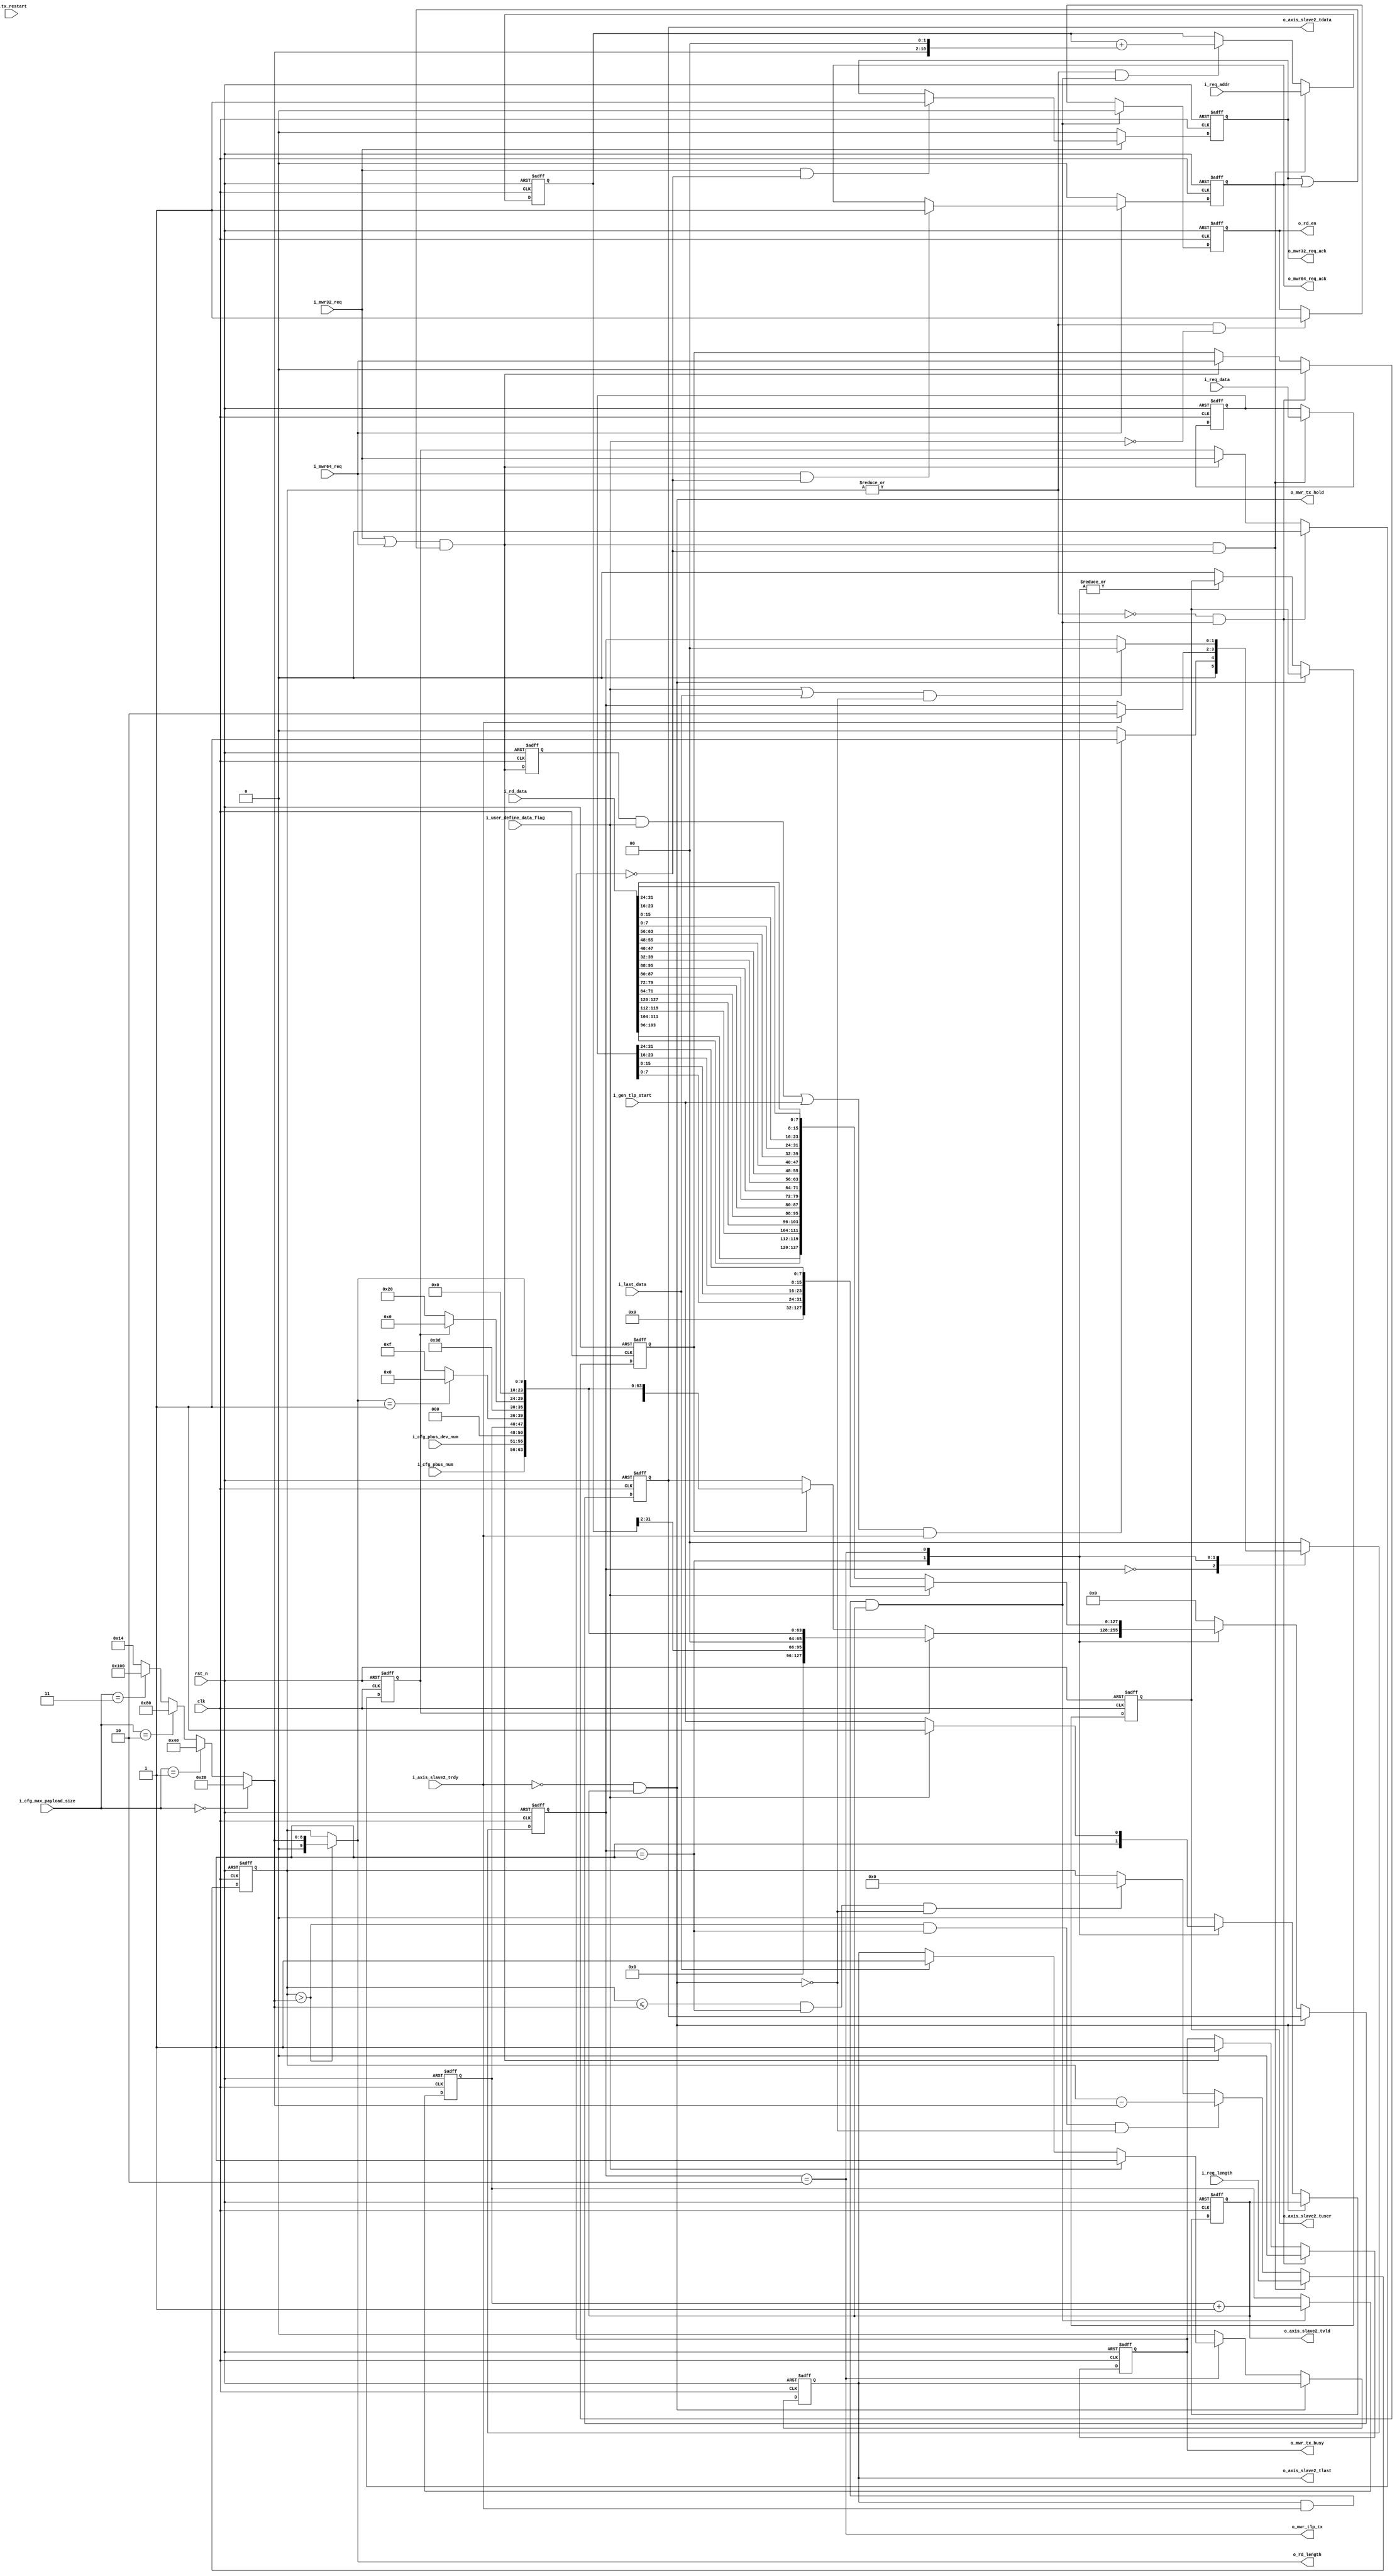
// This program was cloned from: https://github.com/flytt-away/FPGA-Video-Capture
// License: MIT License

//////////////////////////////////////////////////////////////////////////////
//
// Copyright (c) 2019 PANGO MICROSYSTEMS, INC
// ALL RIGHTS REVERVED.
//
// THE SOURCE CODE CONTAINED HEREIN IS PROPRIETARY TO PANGO MICROSYSTEMS, INC.
// IT SHALL NOT BE REPRODUCED OR DISCLOSED IN WHOLE OR IN PART OR USED BY
// PARTIES WITHOUT WRITTEN AUTHORIZATION FROM THE OWNER.
//
//////////////////////////////////////////////////////////////////////////////
//
// Library:
//////////////////////////////////////////////////////////////////////////////
module ipsl_pcie_dma_mwr_tx_ctrl #(
    parameter                           DEVICE_TYPE = 3'd0          //3'd0:EP,3'd1:Legacy EP,3'd4:RC
)(
    input                               clk                     ,   //gen1:62.5MHz,gen2:125MHz
    input                               rst_n                   ,
    input           [7:0]               i_cfg_pbus_num          ,
    input           [4:0]               i_cfg_pbus_dev_num      ,
    input           [2:0]               i_cfg_max_payload_size  ,
    //**********************************************************************
    //from dma controller
    input                               i_user_define_data_flag ,

    input                               i_mwr32_req             ,
    output  reg                         o_mwr32_req_ack         ,
    input                               i_mwr64_req             ,
    output  reg                         o_mwr64_req_ack         ,

    input           [9:0]               i_req_length            ,
    input           [63:0]              i_req_addr              ,
    input           [31:0]              i_req_data              ,
    //**********************************************************************
    //ram interface
    output  reg                         o_rd_en                 ,
    output  wire    [9:0]               o_rd_length             ,
    input                               i_gen_tlp_start         ,
    input           [127:0]             i_rd_data               ,
    input                               i_last_data             ,
    //axis_slave interface
    input                               i_axis_slave2_trdy      ,
    output  reg                         o_axis_slave2_tvld      ,
    output  reg     [127:0]             o_axis_slave2_tdata     ,
    output  reg                         o_axis_slave2_tlast     ,
    output  reg                         o_axis_slave2_tuser     ,

    output  reg                         o_mwr_tx_busy           ,
    output  wire                        o_mwr_tx_hold           ,
    output  wire                        o_mwr_tlp_tx            ,
    //debug
    input                               i_tx_restart
    //output  wire      [13:0]              o_dbg_bus

);
localparam      IDLE        = 2'd0;
localparam      HEADER_TX   = 2'd1;
localparam      DATA_TX     = 2'd2;

reg     [63:0]  mwr_addr;
reg     [31:0]  mwr_data;
wire    [9:0]   mwr_length_tx;

wire            mwr_req_start;
reg             mwr_req_start_ff;
reg     [9:0]   mwr_length;

reg             mwr32_req_tx;
reg             mwr64_req_tx;

reg     [1:0]   state;
reg     [1:0]   next_state;

wire            mwr_req_rcv;
//tlp_tx
wire    [15:0]  requester_id;
reg     [7:0]   tag;
wire    [2:0]   fmt;
wire    [4:0]   tlp_type;
wire    [2:0]   tc;
wire    [2:0]   attr;
wire            th;
wire            td;
wire            ep;
wire    [1:0]   at;
wire    [31:0]  mwr_header_tx;

wire    [3:0]   first_dwbe;
wire    [3:0]   last_dwbe;
wire    [7:0]   dwbe;

wire            data_vlad;

wire            mwr_req_ack;

wire            tx_done;

wire [9:0]      max_payload_size;

//when i_axis_slave2_trdy down,hold all tx logic
assign o_mwr_tx_hold  = ~i_axis_slave2_trdy && o_axis_slave2_tvld;

assign mwr_req_rcv = i_mwr32_req || i_mwr64_req;

assign mwr_req_ack = o_mwr32_req_ack || o_mwr64_req_ack;

assign data_vlad = i_gen_tlp_start;

assign tx_done  = o_axis_slave2_tlast && i_axis_slave2_trdy && o_axis_slave2_tvld;

assign mwr_req_start = mwr_req_rcv && mwr_req_ack;

assign max_payload_size = (i_cfg_max_payload_size == 3'd0) ? 10'h20 :
                          (i_cfg_max_payload_size == 3'd1) ? 10'h40 :
                          (i_cfg_max_payload_size == 3'd2) ? 10'h80 :
                          (i_cfg_max_payload_size == 3'd3) ? 10'h100 : 10'd20;

always@(posedge clk or negedge rst_n)
begin
    if(!rst_n)
        mwr_req_start_ff <= 1'b0;
    else
        mwr_req_start_ff <= mwr_req_start;
end

//get tlp information
//length > 128byte
always@(posedge clk or negedge rst_n)
begin
    if(!rst_n)
        mwr_length <= 10'd0;
    else if(mwr_req_start && !o_mwr_tx_busy)
        mwr_length <= i_req_length;
    else if(mwr_length >  max_payload_size && state == HEADER_TX && !o_mwr_tx_hold) //header tx
        mwr_length <= mwr_length - max_payload_size;
    else if(mwr_length <= max_payload_size && state == HEADER_TX && !o_mwr_tx_hold)
        mwr_length <= 10'd0;
end

//the true length to be transmitted
assign mwr_length_tx = (mwr_length > max_payload_size) ? max_payload_size : mwr_length ;

always@(posedge clk or negedge rst_n)
begin
    if(!rst_n)
        mwr_addr <= 64'd0;
    else if(mwr_req_start && !o_mwr_tx_busy)
        mwr_addr <= i_req_addr;
    else if(|mwr_length && tx_done)
        mwr_addr <= mwr_addr + {52'b0,max_payload_size,2'b0};
end

always@(posedge clk or negedge rst_n)
begin
    if(!rst_n)
        mwr_data <= 32'd0;
    else if(mwr_req_start && !o_mwr_tx_busy)
        mwr_data <= i_req_data;
end

//rd ram ctrl
always@(posedge clk or negedge rst_n)
begin
    if(!rst_n)
        o_rd_en <= 1'b0;
    else if(tx_done)
        o_rd_en <= 1'b0;
    else if(|mwr_length && ~i_user_define_data_flag)
        o_rd_en <= 1'b1;
end

assign o_rd_length = mwr_length_tx;

always@(posedge clk or negedge rst_n)
begin
    if(!rst_n)
        mwr32_req_tx <= 1'b0;
    else if(tx_done && ~(|mwr_length))
        mwr32_req_tx <= 1'b0;
    else if(mwr_req_start)
        mwr32_req_tx <= i_mwr32_req;
end
always@(posedge clk or negedge rst_n)
begin
    if(!rst_n)
        mwr64_req_tx <= 1'b0;
    else if(tx_done && ~(|mwr_length))
        mwr64_req_tx <= 1'b0;
    else if(mwr_req_start)
        mwr64_req_tx <= i_mwr64_req;
end

always@(posedge clk or negedge rst_n)
begin
    if(!rst_n)
        tag <= 8'b0;
    else if(tx_done)
        tag <= tag + 8'b1;
end

//tlp header
assign requester_id     = {i_cfg_pbus_num,i_cfg_pbus_dev_num,3'b0};
assign {fmt,tlp_type}   = mwr32_req_tx ? 8'h40
                        : mwr64_req_tx ? 8'h60 : 8'h40;
assign tc               = 3'b0;
assign attr             = 3'b0;
assign {th,td,ep,at}    = 5'b0;
assign mwr_header_tx    = {fmt,tlp_type,1'b0,tc,1'b0,attr[2],1'b0,th,td,ep,attr[1:0],at,mwr_length_tx};

assign first_dwbe       = 4'hf;
assign last_dwbe        = mwr_length_tx == 10'h1 ? 4'h0 : 4'hf;
assign dwbe             = {last_dwbe,first_dwbe};

//mwr_tx
always@(posedge clk or negedge rst_n)
begin
    if(!rst_n)
        state <= IDLE;
    else
        state <= next_state;
end

always @(*)
begin
    case(state)
        IDLE:
        begin
            if(((mwr_req_start_ff && i_user_define_data_flag) || i_gen_tlp_start) && i_axis_slave2_trdy) //start transmit
                next_state = HEADER_TX;
            else
                next_state = IDLE;
        end
        HEADER_TX:
        begin
            if(i_axis_slave2_trdy)
                next_state = DATA_TX;
            else
                next_state = state;
        end
        DATA_TX:
        begin
            if((i_user_define_data_flag || i_last_data) && !o_mwr_tx_hold)//transmit end
                next_state = IDLE;
            else
                next_state = state;
        end
        default:
        begin
            next_state = IDLE;
        end
    endcase
end

always@(posedge clk or negedge rst_n)
begin
    if(!rst_n)
    begin
        o_axis_slave2_tdata <= 128'b0;
        o_axis_slave2_tvld  <= 1'b0;
        o_axis_slave2_tuser <= 1'b0;
        o_axis_slave2_tlast <= 1'b0;
    end
    else if(!o_mwr_tx_hold)
    begin
        case(state)
        IDLE:
        begin
            o_axis_slave2_tdata <= 128'b0;
            o_axis_slave2_tvld  <= 1'b0;
            o_axis_slave2_tuser <= 1'b0;
            o_axis_slave2_tlast <= 1'b0;
        end
        HEADER_TX:
        begin
            o_axis_slave2_tvld  <= 1'b1;
            o_axis_slave2_tlast <= 1'b0;

            if(mwr32_req_tx)
                o_axis_slave2_tdata <= {{mwr_addr[31:2],2'b0},requester_id,tag,dwbe,mwr_header_tx};
            else if(mwr64_req_tx)
                o_axis_slave2_tdata <= {{mwr_addr[31:2],2'b0},mwr_addr[63:32],requester_id,tag,dwbe,mwr_header_tx};
        end
        DATA_TX:
        begin
            if(i_user_define_data_flag)
            begin
                o_axis_slave2_tvld  <= 1'b1;
                o_axis_slave2_tdata <= endian_convert({96'b0,mwr_data});
                o_axis_slave2_tlast <= 1'b1;
            end
            else
            begin
                o_axis_slave2_tvld  <= data_vlad;
                o_axis_slave2_tdata <= endian_convert(i_rd_data);
                if(i_last_data)
                    o_axis_slave2_tlast <= 1'b1;
            end
        end
        default:
        begin
            o_axis_slave2_tdata <= 128'b0;
            o_axis_slave2_tvld  <= 1'b0;
            o_axis_slave2_tuser <= 1'b0;
            o_axis_slave2_tlast <= 1'b0;
        end
        endcase
    end
end

always@(posedge clk or negedge rst_n)
begin
    if(!rst_n)
        o_mwr_tx_busy <= 1'b0;
    else if(~(|mwr_length) && tx_done)
        o_mwr_tx_busy <= 1'b0;
    else if(mwr_req_start)
        o_mwr_tx_busy <= 1'b1;
end

//ack
always@(posedge clk or negedge rst_n)
begin
    if(!rst_n)
        o_mwr32_req_ack <= 1'b0;
    else if(!i_mwr32_req)
        o_mwr32_req_ack <= 1'b0;
    else if(i_mwr32_req && !o_mwr_tx_busy)
        o_mwr32_req_ack <= 1'b1;
end

always@(posedge clk or negedge rst_n)
begin
    if(!rst_n)
        o_mwr64_req_ack <= 1'b0;
    else if(!i_mwr64_req)
        o_mwr64_req_ack <= 1'b0;
    else if(i_mwr64_req && !o_mwr_tx_busy)
        o_mwr64_req_ack <= 1'b1;
end

assign o_mwr_tlp_tx = state == DATA_TX;

//******************************************************************debug*************************************************************************
//check for 128byte only
wire            tlp_tx_vld;
reg             tlp_data_tx;
reg     [2:0]   tlp_data_cnt;
reg     [13:0]  tlp_tx_sum;

assign tlp_tx_vld = i_axis_slave2_trdy && o_axis_slave2_tvld;

always@(posedge clk or negedge rst_n)
begin
    if(!rst_n)
        tlp_data_tx <= 1'b0;
    else if(state == DATA_TX)
        tlp_data_tx <= 1'b1;
    else if(tlp_tx_vld)
        tlp_data_tx <= 1'b0;
end

always@(posedge clk or negedge rst_n)
begin
    if(!rst_n)
        tlp_data_cnt <= 3'b0;
    else if(tx_done)
        tlp_data_cnt <= 3'b0;
    else if(tlp_data_tx && tlp_tx_vld)
        tlp_data_cnt <= tlp_data_cnt + 3'b1;
end

always@(posedge clk or negedge rst_n)
begin
    if(!rst_n)
        tlp_tx_sum <= 14'b0;
    else if(i_tx_restart)
        tlp_tx_sum <= 14'b0;
    else if(tx_done)
        tlp_tx_sum <= tlp_tx_sum + 14'b1;
end

//debug_bus
//assign o_dbg_bus = {
//                    tlp_tx_sum  //13:0
//                    };


//convert from little endian into big endian
function [127:0] endian_convert;
   input [127:0] data_in;
   begin
   endian_convert[32*0+31:32*0+0] = {data_in[32*0+7:32*0+0], data_in[32*0+15:32*0+8], data_in[32*0+23:32*0+16], data_in[32*0+31:32*0+24]};
   endian_convert[32*1+31:32*1+0] = {data_in[32*1+7:32*1+0], data_in[32*1+15:32*1+8], data_in[32*1+23:32*1+16], data_in[32*1+31:32*1+24]};
   endian_convert[32*2+31:32*2+0] = {data_in[32*2+7:32*2+0], data_in[32*2+15:32*2+8], data_in[32*2+23:32*2+16], data_in[32*2+31:32*2+24]};
   endian_convert[32*3+31:32*3+0] = {data_in[32*3+7:32*3+0], data_in[32*3+15:32*3+8], data_in[32*3+23:32*3+16], data_in[32*3+31:32*3+24]};
   end
endfunction

endmodule